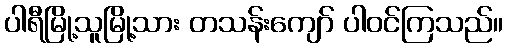
ပါရီမြို့သူမြို့သား တသန်းကျော် ပါဝင်ကြသည်။